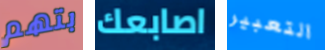
بتهم اصابعك التعبير